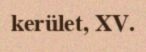
kerület, XV.